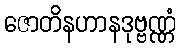
ဇောတိနဟာနဒုဗ္ဗဏ္ဏံ